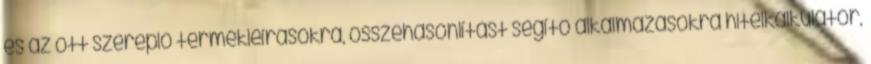
és az ott szereplő termékleírásokra, összehasonlítást segítő alkalmazásokra hitelkalkulátor,